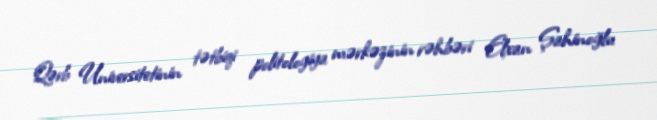
Qərb Universitetinin tətbiqi politologiya mərkəzinin rəhbəri Elxan Şahinoğlu